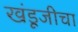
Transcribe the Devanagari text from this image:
खंडूजीचा